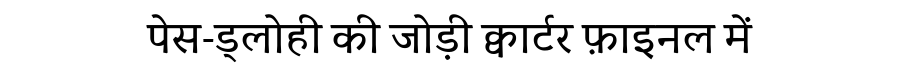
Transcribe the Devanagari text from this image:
पेस-ड्लोही की जोड़ी क्वार्टर फ़ाइनल में